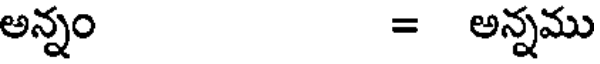
అన్నం = అన్నము